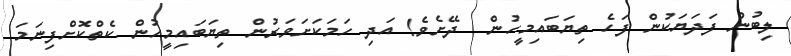
ލިބުނު ފަދަޔަކުން ފަހެ ތިޔަބައިމީހުން  ދޭށެވެ! އަދި ހަމަކަށަވަރުން ތިޔަބައިމީހުން ކެތްކޮށްފިނަމަ